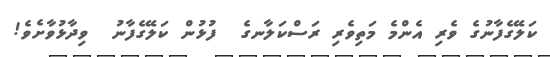
ކަލޭގެފާނުގެ ވެރި އެންމެ މަތިވެރި ރަސްކަލާނގެ  ފުޅުން ކަލޭގެފާނު  ވިދާޅުވާށެވެ!